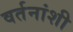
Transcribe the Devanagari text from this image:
वर्तनांशी